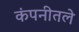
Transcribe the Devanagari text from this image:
कंपनीतले